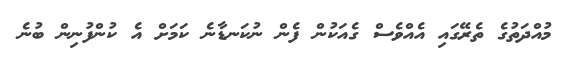
މުއްދަތުގެ ތެރޭގައި އެއްވެސް ގެއަކުން ފެން ނުކަނޑާނެ ކަަމަށް އެ ކުންފުނިން ބުނެ